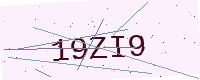
Text: 19ZI9